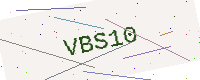
Text: VBS10